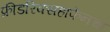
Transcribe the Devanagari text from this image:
फ्रीडरिक्सहाफेनचा